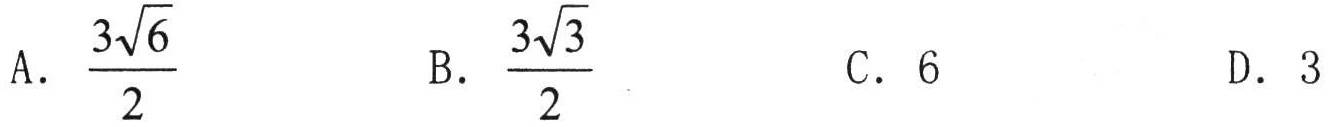
A. $\frac{3\sqrt{6}}{2}$  B. $\frac{3\sqrt{3}}{2}$  C. 6  D. 3